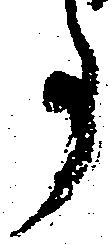
事